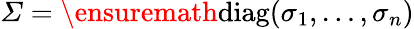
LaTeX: \varSigma=\ensuremath{\mathrm{diag}}(\sigma_{1},\dots,\sigma_{n})